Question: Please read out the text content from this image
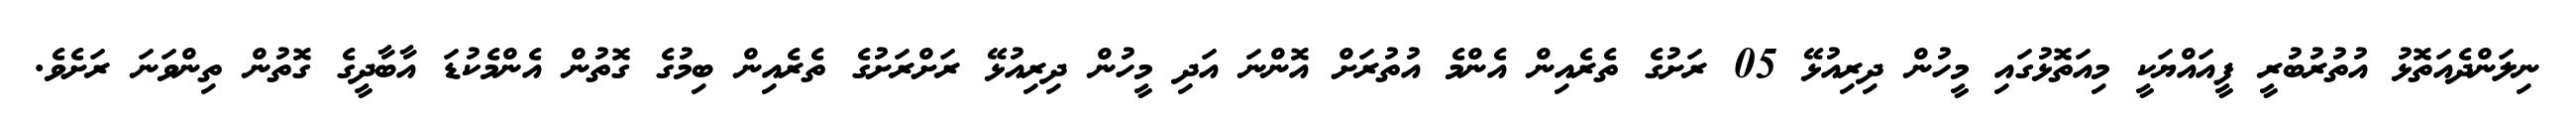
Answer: ނިލަންދެއަތޮޅު އުތުރުބުރީ ފީއައްޔަކީ މިއަތޮޅުގައި މީހުން ދިރިއުޅޭ 05 ރަށުގެ ތެރެއިން އެންމެ އުތުރަށް އޮންނަ އަދި މީހުން ދިރިއުޅޭ ރަށްރަށުގެ ތެރެއިން ބިމުގެ ގޮތުން އެންމެކުޑަ އާބާދީގެ ގޮތުން ތިންވަނަ ރަށެވެ.